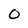
Character: 0